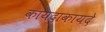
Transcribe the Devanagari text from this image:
कायदाकायदे